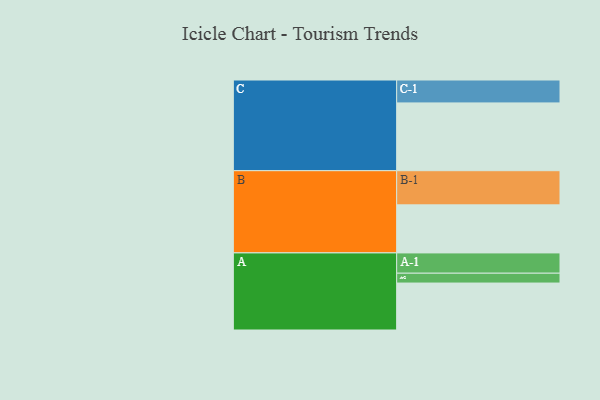
{"axis": {"x": "Segment", "y": "Value"}, "legend": ["", "A", "B", "C"], "data": [{"x": "A", "y": 338, "type": ""}, {"x": "B", "y": 346, "type": ""}, {"x": "C", "y": 488, "type": ""}, {"x": "A-1", "y": 146, "type": "A"}, {"x": "A-2", "y": 71, "type": "A"}, {"x": "B-1", "y": 246, "type": "B"}, {"x": "C-1", "y": 165, "type": "C"}]}